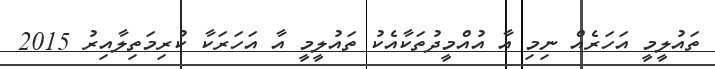
ތައުލީމީ އަހަރެއް ނިމި އާ އުއްމީދުތަކާއެކު ތައުލީމީ އާ އަހަރަކާ ކުރިމަތިލާއިރު 2015